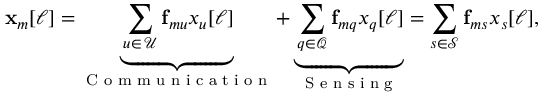
{ \mathbf { x } } _ { m } [ \ell ] = \underbrace { \sum _ { u \in \, \mathcal { U } } { \mathbf { f } } _ { m u } x _ { u } [ \ell ] } _ { \textrm { C o m m u n i c a t i o n } } + \underbrace { \sum _ { q \in \mathcal { Q } } { \mathbf { f } } _ { m q } x _ { q } [ \ell ] } _ { \textrm { S e n s i n g } } = \sum _ { s \in \mathcal { S } } { \mathbf { f } } _ { m s } x _ { s } [ \ell ] ,